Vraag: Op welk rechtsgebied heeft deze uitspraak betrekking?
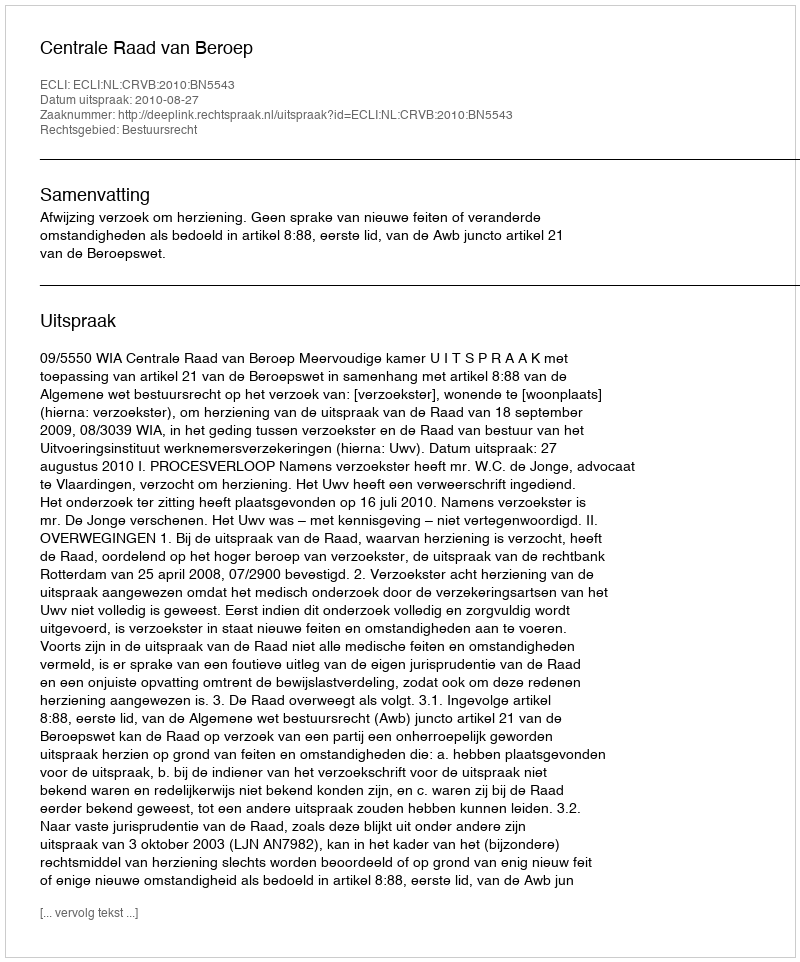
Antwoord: Bestuursrecht